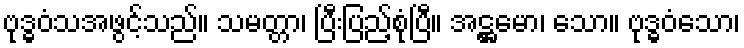
ဗုဒ္ဓဝံသအဖွင့်သည်။ သမတ္တာ၊ ပြီးပြည့်စုံပြီ။ အဋ္ဌမော၊ သော။ ဗုဒ္ဓဝံသော၊